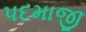
પદમાજી